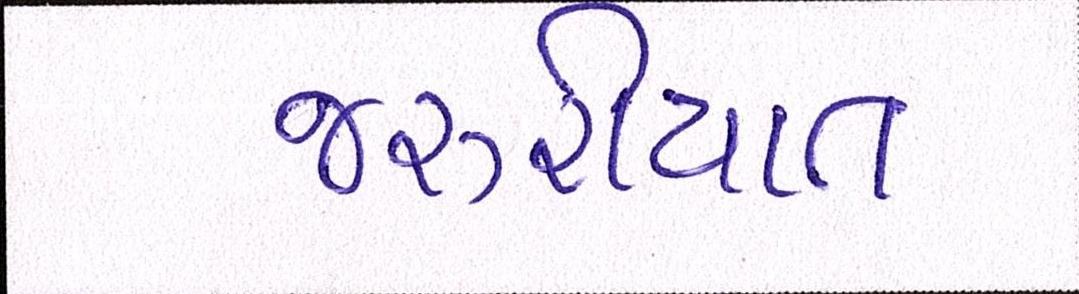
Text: જરૂરીયાત